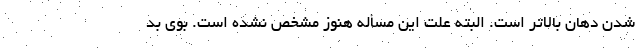
شدن دهان بالاتر است. البته علت این مسأله هنوز مشخص نشده است. بوی بد